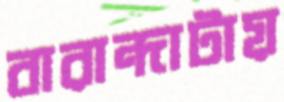
বারান্দাটায়